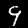
Label: 9